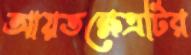
আয়তক্ষেত্রটির